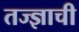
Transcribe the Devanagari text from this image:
तज्ज्ञाची